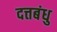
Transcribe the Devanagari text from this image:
दत्तबंधु